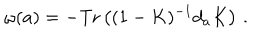
\omega ( a ) = - \mathrm { T r } \left( ( 1 - K ) ^ { - 1 } d _ { a } K \right) \, .